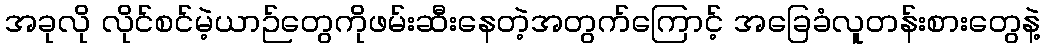
အခုလို လိုင်စင်မဲ့ယာဉ်တွေကိုဖမ်းဆီးနေတဲ့အတွက်ကြောင့် အခြေခံလူတန်းစားတွေနဲ့